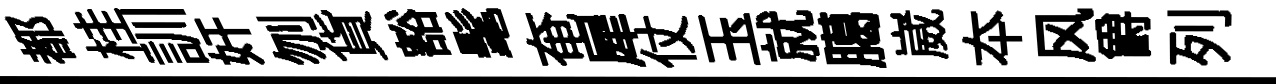
都桂訓奸刎貨豁髦奄犀仗玉就臈崴夲风爵列